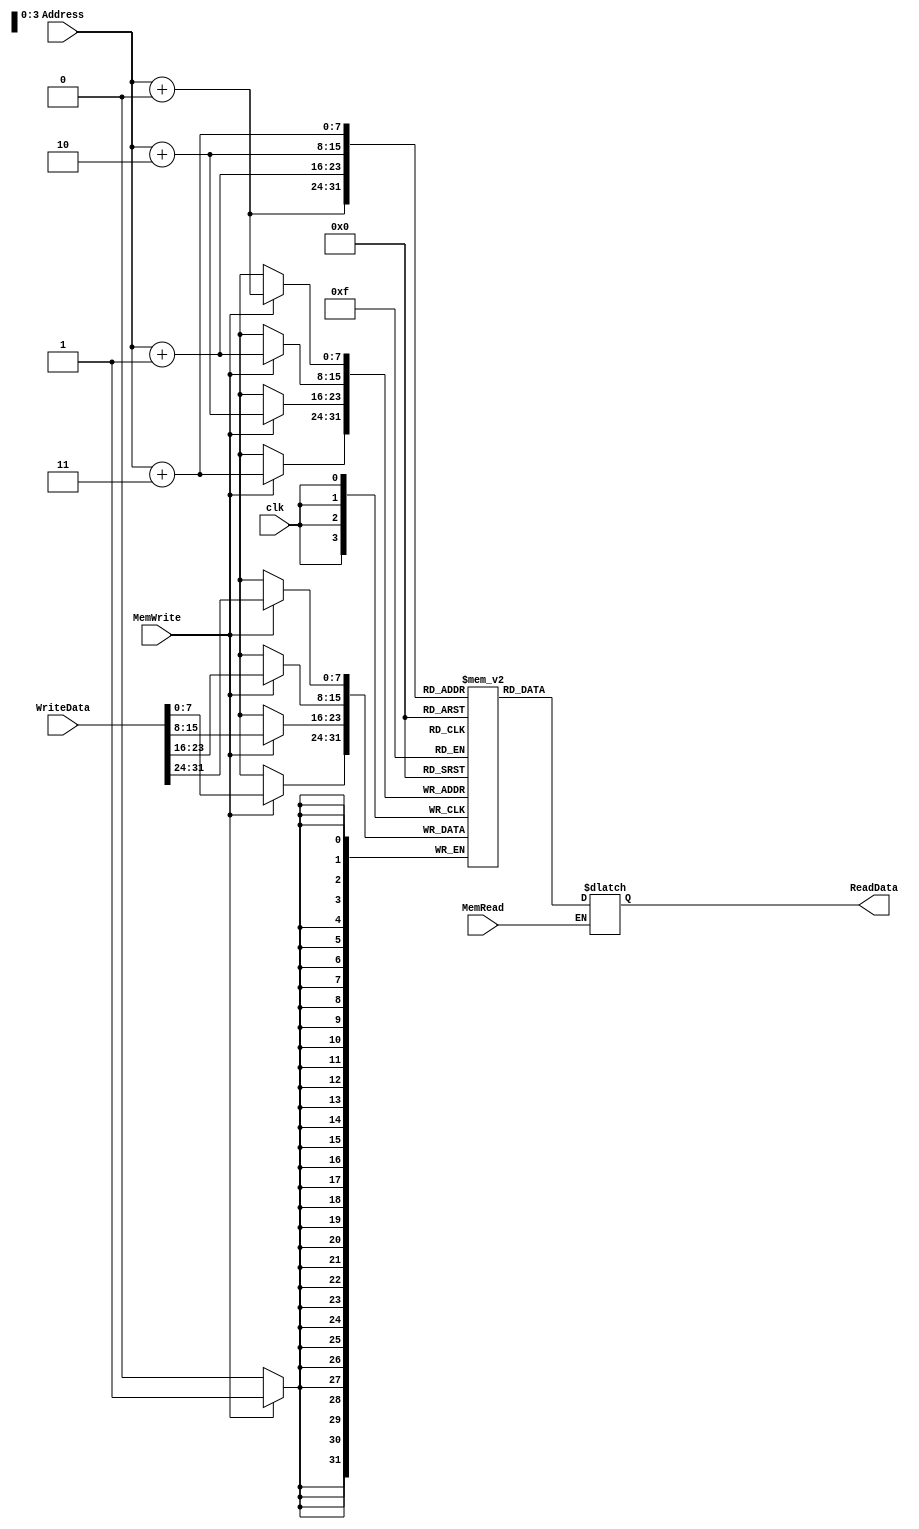
module DMEM_256x8(clk, MemWrite, Address, WriteData, MemRead, ReadData);
     
     input               clk, MemWrite, MemRead;
     input     [7:0]     Address;
     input     [31:0]    WriteData;
     
     output   reg [31:0]    ReadData;

     reg       [7:0]     DM   [0:255];
 
     always @(posedge clk)
     begin
          if(MemWrite == 1)
          begin
               DM[Address + 0] <= WriteData[31:24];
               DM[Address + 1] <= WriteData[23:16];
               DM[Address + 2] <= WriteData[15:8];
               DM[Address + 3] <= WriteData[7:0];
          end
     end 
     
     always @( MemRead, Address, DM ) // MemRead, Address, DM
     begin 
          if(MemRead == 1)
          begin
               ReadData <={   DM[Address + 0],
                              DM[Address + 1],
                              DM[Address + 2],
                              DM[Address + 3]
                         };
          end
     end
endmodule